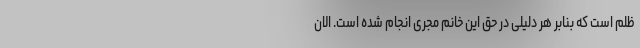
ظلم است که بنابر هر دلیلی در حق این خانم مجری انجام شده است. الان